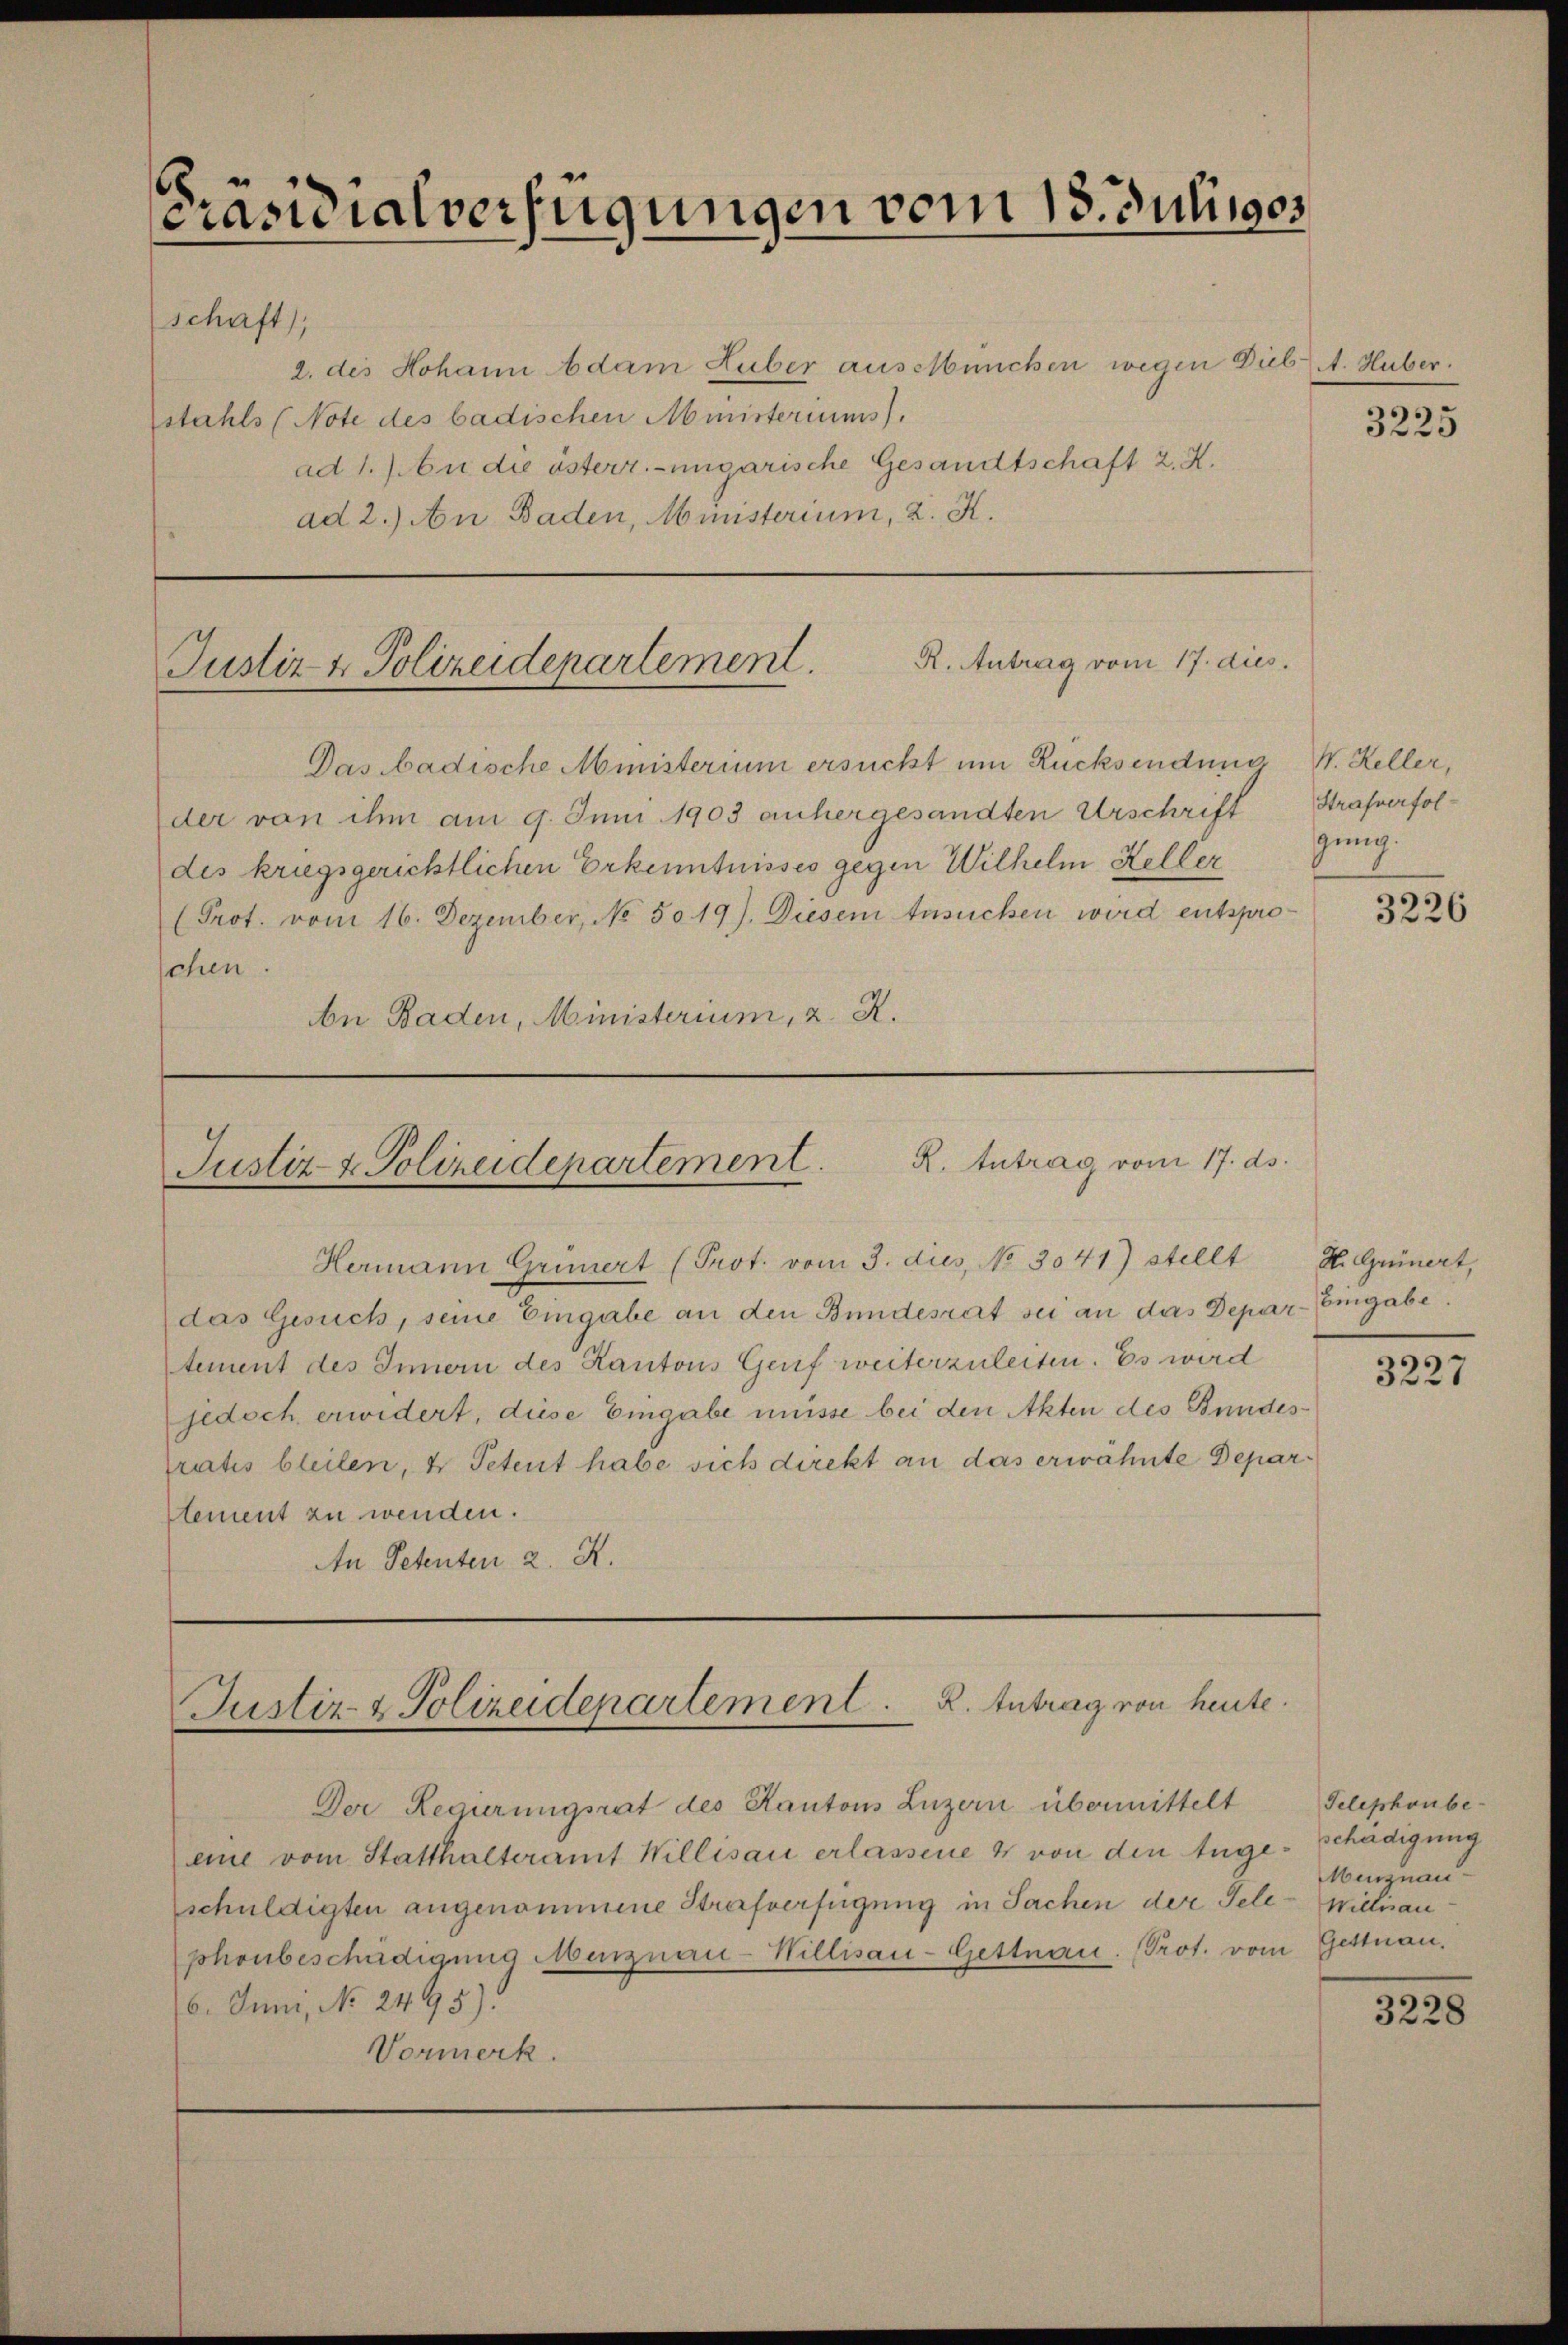
[Präsidialverfügungen vom 18. Julii ges
schaft),

2. des Hohann Adam Luber aussünchen wegen Dieb A. Huber.
stahls (Note des badischen Ministeriums).
ad 1. An die österr.-ungarische Gesandtschaft 2. X.
ad 2.) An Baden, Ministerium, 2. K.

Das badische Ministerium ersucht um Rücksendung W. Keller,
der von ihm am 9. Juni 1903 anhergesandten Urschrift
des kriegsgerichtlichen Erkenntnisses gegen Wilhelm Keller
Prot. vom 16. Dezember, No. 5019). Diesem Ansuchen wird entsproschen.
n Baden, Ministerium, 2. X.

R. Antrag vom 17. dies
Justiz- & Polizeidepartement

Justiz- & Polizeidepartement. K. Antrag vom 17. ds

Justiz- & Polizeidepartement. R. Antrag von heute.

Der Regierungsrat des Kantons Luzern übermittelt
eine vom Statthalteramt Willisau erlassene 4 von den Ange
schuldigten angenommene Strafverfügung in Sachen der Tele
phonbeschädigung Menznau-Hillisau-Gettnau. Prot. von
16. Juni, No. 2495)
Vormerk.

Hermann Grünert (Prot. vom 3. dies, No 3041) stellt
das Gesuch, seine Eingabe an den Bundesrat sei an das Depar- Eingabe,
tement des Innern des Kantons Genf weiterzuleiten. Es wird
jedoch erwidert, diese Eingabe müsse bei den Akten des Bundespratis bleiben, u Petent habe sich direkt an das erwähnte Deparstement zu wenden.
An Petenten 2. K.

3225

Strafverfolgung.

3226

H. Grünert,

3227

Telephonbe-
schädigung
.
Menznau-
 Willisau
u. Gettnau.

3228